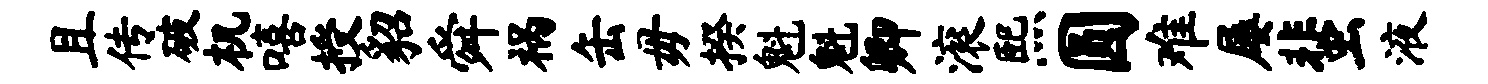
且传破机嘻授貂舜祸缶毋揆魁魁卿滚熙圆难屡蜚液